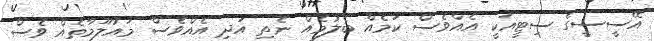
އޭސީސީގެ ސިޓީއަކީ އެއްވެސް ކަމެއް ބެލުމެއް ނެތި އަދި އެއްވެސް މައުލޫމާތެއް ވެސް